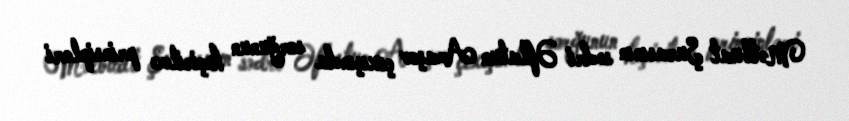
Mətbuat Şurasının sədri Əflatun Amaşov çıxışında sorğunun keçirilmə prinsipləri